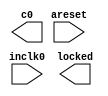
module pll (
	areset,
	inclk0,
	c0,
	locked);
	input	  areset;
	input	  inclk0;
	output	  c0;
	output	  locked;
`ifndef ALTERA_RESERVED_QIS
// synopsys translate_off
`endif
	tri0	  areset;
`ifndef ALTERA_RESERVED_QIS
// synopsys translate_on
`endif
endmodule